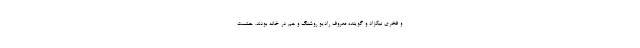
و فخری نیکزاد و گوینده معروف رادیو روشنگ و هم در خانه بودند. حشمت